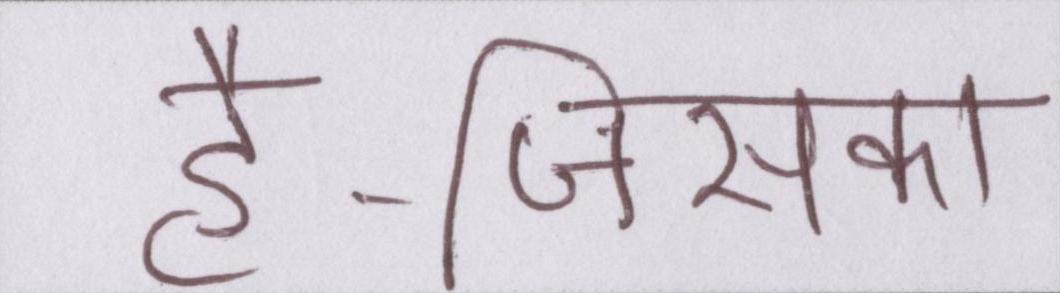
है-जिसका